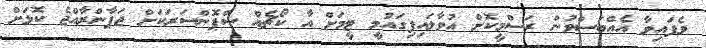
ވެފައިވާ އެއްބަސްވުން ރަސްމީކޮށް އުވާލައިފިގައުމީ ޓީމަށް އާ ކޯޗެއް ސްޕޮންސަރަކަށް ޖަޕާންރާއްޖެ ކޮޅަށް